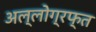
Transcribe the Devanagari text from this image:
अल्लोग्रफ्त